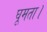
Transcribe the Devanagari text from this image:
घूमता।